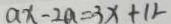
a x - 2 a = 3 x + 1 2